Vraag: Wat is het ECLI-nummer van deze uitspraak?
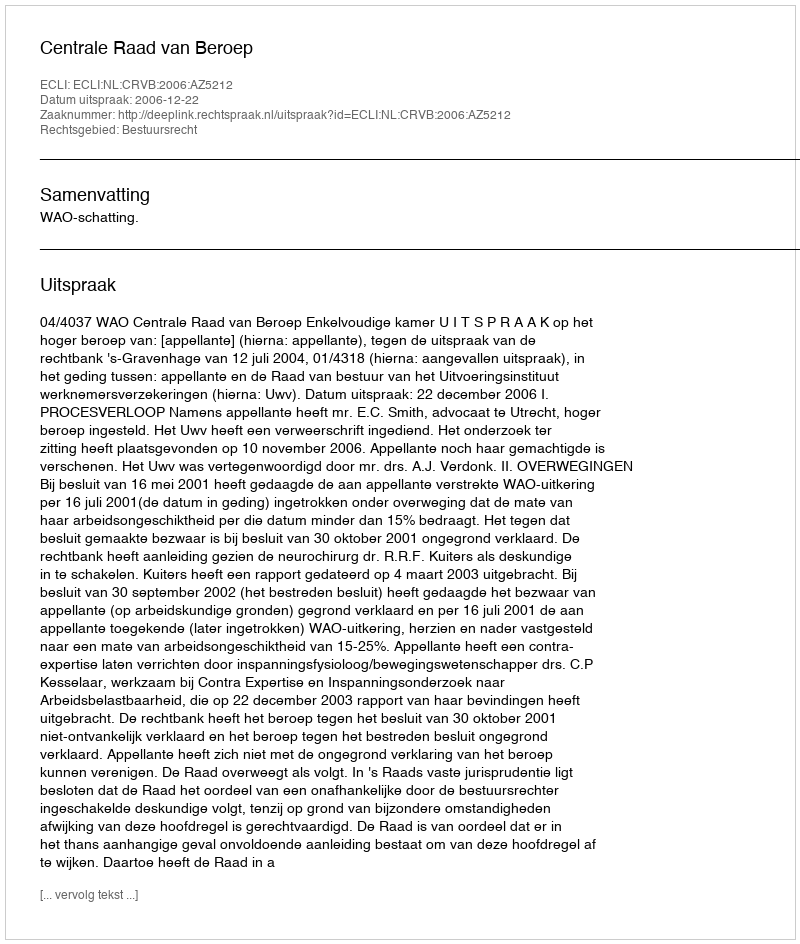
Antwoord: ECLI:NL:CRVB:2006:AZ5212